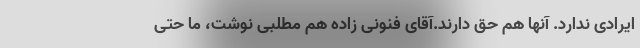
ایرادی ندارد. آنها هم حق دارند.آقای فنونی زاده هم مطلبی نوشت، ما حتی